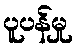
ပူပန်မှု